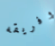
وفريقه